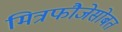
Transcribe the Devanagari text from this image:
मित्रफौजेसोबत